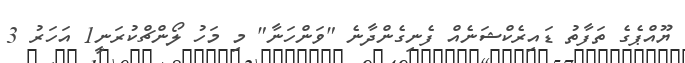
ޔޫއްޕެގެ ތަފާތު ޑައިރެކްޝަނެއް ފެނިގެންދާނެ "ވަންހަނާ" މި މަހު ލޯންޗްކުރަނީ1 އަހަރު 3